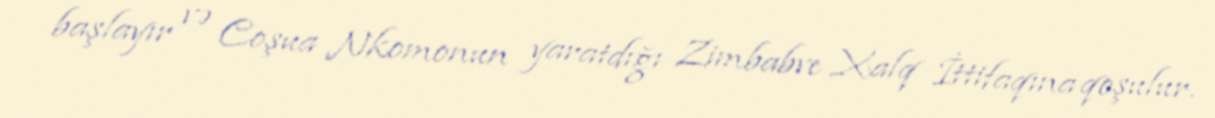
başlayır və Coşua Nkomonun yaratdığı Zimbabve Xalq İttifaqına qoşulur.